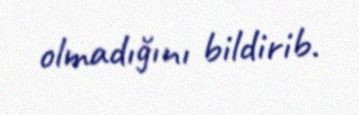
olmadığını bildirib.